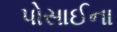
પોસાઈના